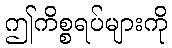
ဤကိစ္စရပ်များကို